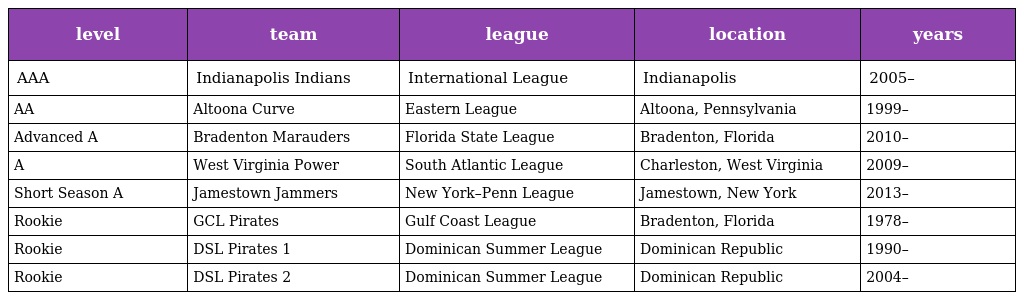
| level | team | league | location | years |
 | --- | --- | --- | --- | --- |
 | AAA | Indianapolis Indians | International League | Indianapolis | 2005– |
 | AA | Altoona Curve | Eastern League | Altoona, Pennsylvania | 1999– |
 | Advanced A | Bradenton Marauders | Florida State League | Bradenton, Florida | 2010– |
 | A | West Virginia Power | South Atlantic League | Charleston, West Virginia | 2009– |
 | Short Season A | Jamestown Jammers | New York–Penn League | Jamestown, New York | 2013– |
 | Rookie | GCL Pirates | Gulf Coast League | Bradenton, Florida | 1978– |
 | Rookie | DSL Pirates 1 | Dominican Summer League | Dominican Republic | 1990– |
 | Rookie | DSL Pirates 2 | Dominican Summer League | Dominican Republic | 2004– |